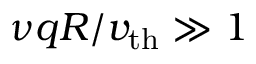
\nu q R / v _ { \mathrm { t h } } \gg 1